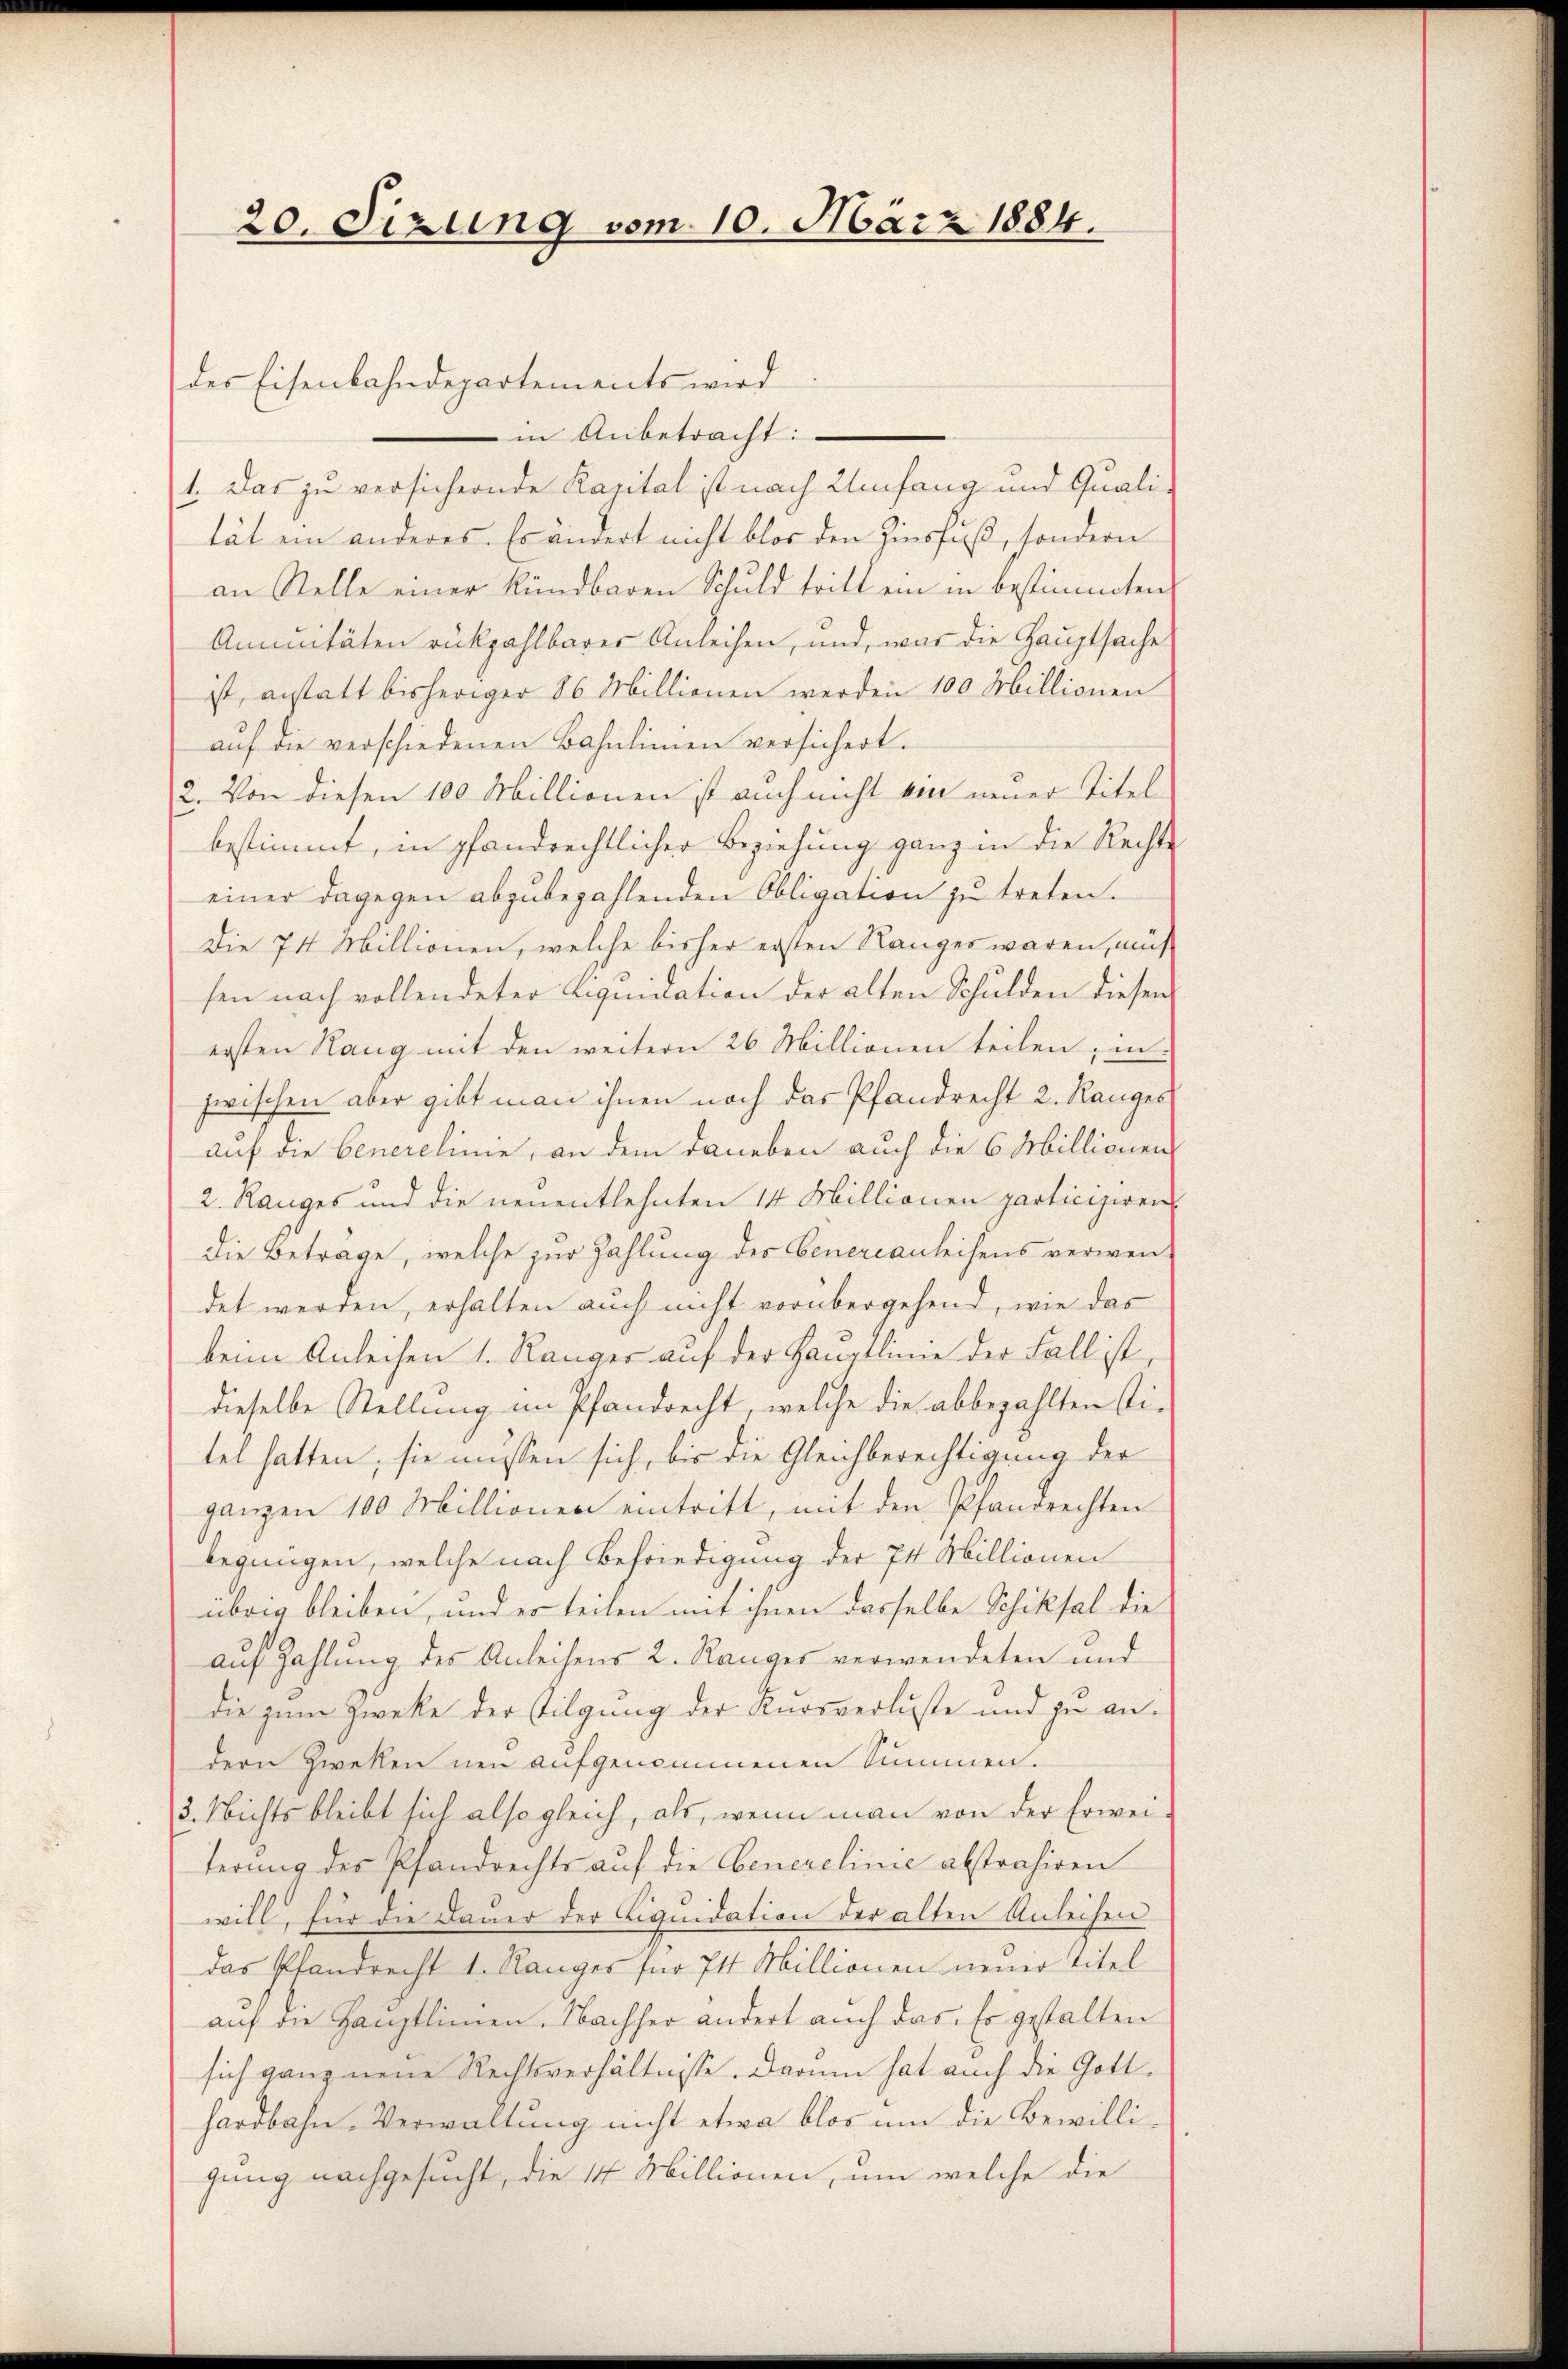
20. Sizung vom 10. März 1884.

des Eisenbahndepartements wird
in Anbetracht:
1. Das zu versichernde Kapital ist nach Umfang und Quali-
tät ein anderes. Es ändert nicht blos den Zinsfuß, sondern
an Stelle einer kündbaren Schuld tritt ein in bestimmten
Annuitäten rückzahlbarer Anleihen, und, was die Hauptsache
ist, anstatt bisheriger 86 Millionen werden 100 Millionen
auf die verschiedenen Bahnlinien versichert.
2. Von diesen 100 Millionen ist auch nicht von neuer Titel
bestimmt, in pfandrechtlicher Beziehung ganz in die Rechte
einer dagegen abzubezahlenden Obligation zu treten.
Die 74 Millionen, welche bisher ersten Ranges waren, mus
sen nach vollendeter Liquidation der alten Schulden diesen
ersten Rang mit den weitern 26 Millionen teilen, in
zwischen aber gibt man ihnen noch das Pfandrecht 2. Ranges
auf die benerelinie, an dem daneben auch die 6 Millionen
2. Ranges und die neuentlehnten 14 Millionen particisiren
die Betrage, welche zur Zahlung des Genercanleihens verwendet werden, erhalten auch nicht vorübergehend, wie das
beim Anleihen 1. Ränger auf der Hauptlinie der Fall ist,
dieselbe Stellung im Pfandrecht, welche die abbezahlten stitel hatten; sie müssen sich, bis die Gleichberechtigung der
ganzen 100 Millionen eintritt, mit den Pfandrechten
begnügen, welche nach Befriedigung der 74 Millionen
übrig bleiben, und es seiten mit ihnen dasselbe Schiksal die
auf Zahlung des Anleihens 2. Ranges verwendeten und
die zum Zwecke der Tilgung der Kursverluste und zu andern Zweken neu aufgenommenen Summen.
3. Nichts bleibt sich also gleich, als, wenn man von der Erweiterung des Pfandrechts auf die Generelinie abstrahiren
will, für die Dauer der Liquidation der alten Anleihen
das Pfandrecht 1. Ranges für 74 Millionen neuer Titel
auf die Hauptlimen. Nachher ändert auch das. Es gestalten
sich ganz neue Rechtsverhältnisse. Darum hat auch die Gotthardbahn. Verwaltung nicht etwa blos um die Bewilligung nachgesucht, die 14 Millionen, um welche die